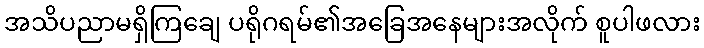
အသိပညာမရှိကြချေ ပရိုဂရမ်၏အခြေအနေများအလိုက် စူပါဖလား